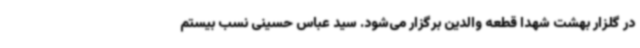
در گلزار بهشت شهدا قطعه والدین برگزار می‌شود. سید عباس حسینی نسب بیستم